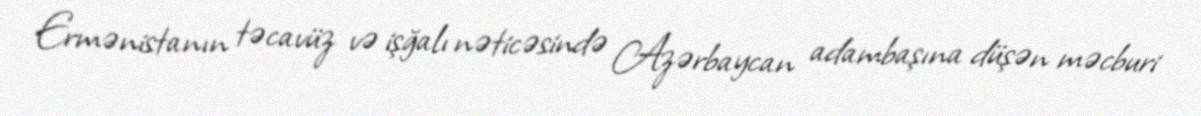
Ermənistanın təcavüz və işğalı nəticəsində Azərbaycan adambaşına düşən məcburi